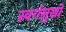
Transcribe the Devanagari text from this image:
स्वर्गसुखों